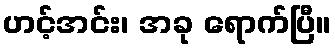
ဟင့်အင်း၊ အခု ရောက်ပြီ။